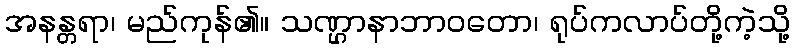
အနန္တရာ၊ မည်ကုန်၏။ သဏ္ဌာနာဘာဝတော၊ ရုပ်ကလာပ်တို့ကဲ့သို့